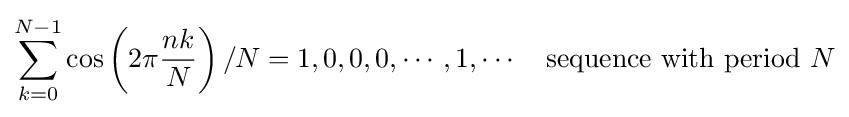
\sum _{k=0}^{N-1}\cos \left(2\pi {\frac {nk}{N}}\right)/N=1,0,0,0,\cdots ,1,\cdots \quad {\text{sequence with period }}N